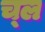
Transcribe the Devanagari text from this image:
च्ल